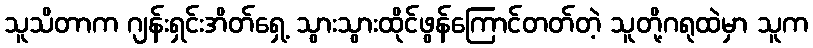
သူသိတာက ဂျန်းရှင်းအိတ်ရှေ့ သွားသွားထိုင်ဖွန်ကြောင်တတ်တဲ့ သူတို့ဂရုထဲမှာ သူက